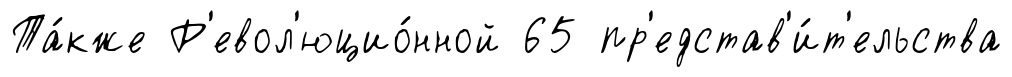
Та́кже Р'евол'юцио́нной 65 пр'едстав'и́т'ельства